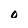
Character: o